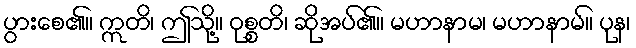
ပွားစေ၏။ ဣတိ၊ ဤသို့။ ဝုစ္စတိ၊ ဆိုအပ်၏။ မဟာနာမ၊ မဟာနာမ်။ ပုန၊